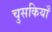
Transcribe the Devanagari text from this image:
चुसकियाँ